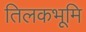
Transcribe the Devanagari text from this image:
तिलकभूमि